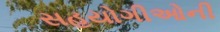
સહયોગીઓની